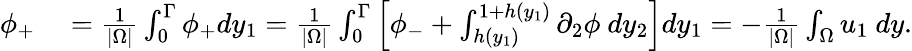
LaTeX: \begin{array}{rl}{\phi_{+}}&{{}=\frac{1}{|\Omega|}\int_{0}^{\Gamma}\phi_{+}dy_{1}=\frac{1}{|\Omega|}\int_{0}^{\Gamma}\left[\phi_{-}+\int_{h(y_{1})}^{1+h(y_{1})}\partial_{2}\phi\ dy_{2}\right]dy_{1}=-\frac{1}{|\Omega|}\int_{\Omega}u_{1}\ dy.}\end{array}